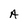
Character: A